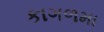
કાગળમા